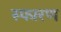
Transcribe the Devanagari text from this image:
स्फारण